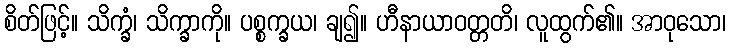
စိတ်ဖြင့်။ သိက္ခံ၊ သိက္ခာကို။ ပစ္စက္ခယ၊ ချ၍။ ဟီနာယာဝတ္တတိ၊ လူထွက်၏။ အာဝုသော၊